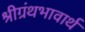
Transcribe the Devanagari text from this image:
श्रीग्रंथभावार्थ